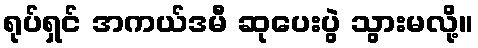
ရုပ်ရှင် အကယ်ဒမီ ဆုပေးပွဲ သွားမလို့။